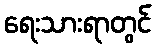
ရေးသားရာတွင်